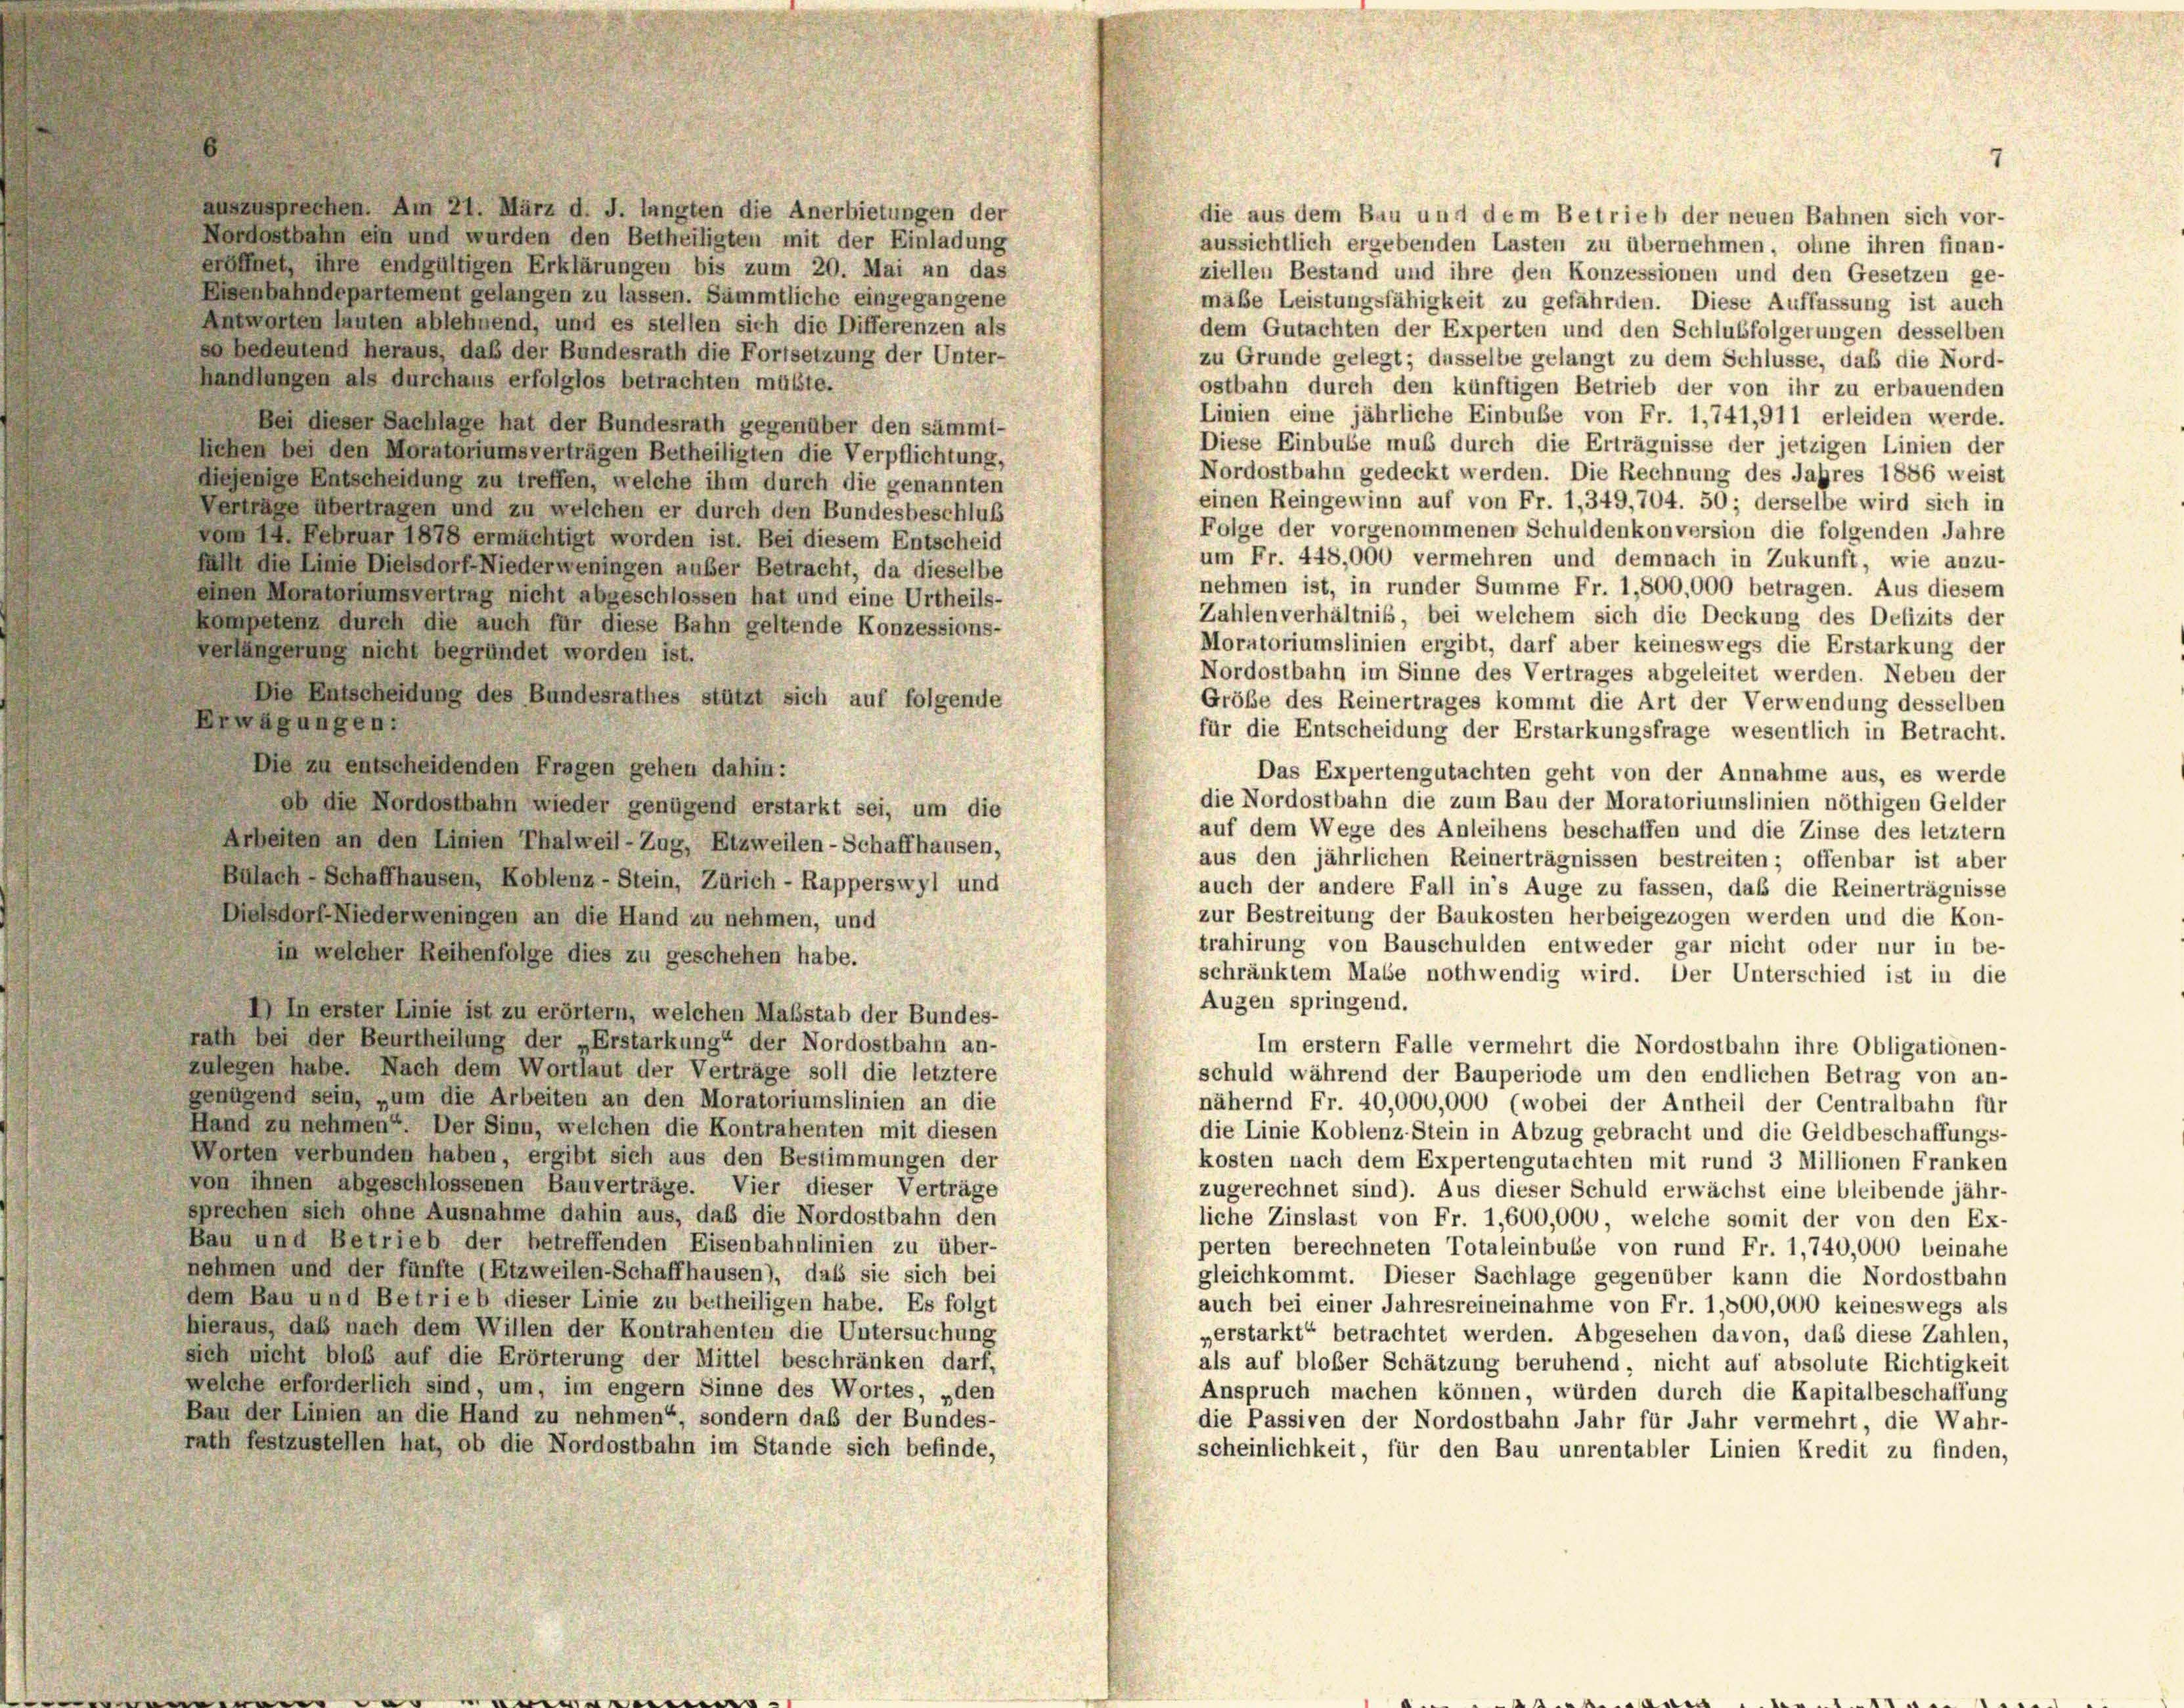
die aus dem Bau und dem Betrieb der neuen Bahnen sich vor-

auszusprechen. Am 21. März d. J. langten die Anerbietungen der
Nordostbahn ein und wurden den Betheiligten mit der Einladung
aussichtlich ergebenden Lasten zu übernehmen, ohne ihren finan-
öffnet, ihre endgültigen Erklärungen bis zum 20. Mai an das
ziellen Bestand und ihre den Konzessionen und den Gesetzen ge-
Eisenbahndepartement gelangen zu lassen. Sämmtliche eingegangene
mäße Leistungsfähigkeit zu gefährden. Diese Auffassung ist auch
Antworten lauten ablehnend, und es stellen sich die Differenzen als
dem Gutachten der Experten und den Schlußfolgerungen desselben
bedeutend heraus, daß der Bundesrath die Fortsetzung der Unter-
zu Grunde gelegt; dasselbe gelangt zu dem Schlüsse, daß die Nord-
handlungen als durchaus erfolglos betrachten müsste.
ostbahn durch den künftigen Betrieb der von ihr zu erbauenden
Linien eine jährliche Einbuße von Fr. 1,741,911 erleiden werde.
Bei dieser Sachlage hat der Bundesrath gegenüber den sämmt-
Diese Einbusse muß durch die Erträgnisse der jetzigen Linien der
liehen bei den Moratoriumsverträgen Betheiligten die Verpflichtung,
Nordostbahn gedeckt werden. Die Rechnung des Jahres 1886 weist
diejenige Entscheidung zu treffen, welche ihm durch die genannten
einen Reingewinn auf von Fr. 1, 349,704. 50; derselbe wird sich in
Verträge übertragen und zu welchen er durch den Bundesbeschluß
Folge der vorgenommenen Schuldenkonversion die folgenden Jahre
vom 14. Februar 1878 ermächtigt worden ist. Bei diesem Entscheid
um Fr. 448,000 vermehren und demnach in Zukunft, wie anzu-
hell die Linie Dielsdorf Niederweningen außer Betracht, da dieselbe
nehmen ist, in runder Summe Fr. 1,800,000 betragen. Aus diesem
einen Moratoriumsvertrag nicht abgeschlossen hat und eine Urtheils-
Zahlenverhältnis, bei welchem sich die Deckung des Defizits der
kompetenz durch die auch für diese Bahn geltende Konzessions-
Moratoriumslinien ergibt, darf aber keineswegs die Erstarkung der
verlängerung nicht begründet worden ist.
Nordostbahn im Sinne des Vertrages abgeleitet werden. Neben der
Die Entscheidung des Bundesrathes stützt sich auf folgende
Größe des Reinertrages kommt die Art der Verwendung desselben
Erwägungen:
für die Entscheidung der Erstarkungsfrage wesentlich in Betracht.
Die zu entscheidenden Fragen gehen dahin:
Das Expertengutachten geht von der Annahme aus, es werde
die Nordostbahn die zum Bau der Moratoriumslinien nöthigen Gelder
ab die Nordostbahn wieder genügend erstarkt sei, um die
auf dem Wege des Anleihens beschaffen und die Zinse des letztem
Arbeiten an den Linien Thalweil-Zug, Etzweilen-Schaffhausen,
aus den jährlichen Reinerträgnissen bestreiten; offenbar ist über
Bulach Schaffhausen, Koblenz-Stein, Zürich - Rapperswyl und
auch der andere Fall in’s Auge zu fassen, daß die Reinerträgnisse
zur Bestreitung der Baukosten herbeigezogen werden und die Kon-
Dielsdorf-Niederweningen an die Hand zu nehmen, und
trahirung von Bauschulden entweder gar nicht oder nur in be-
in welcher Reihenfolge dies zu geschehen habe.
schränktem Maße nothwendig wird. Der Unterschied ist in die
Augen springend.
I) In erster Linie ist zu erörtern, welchen Maßstab der Bundes-
rath bei der Beurtheilung der „Erstarkung“ der Nordostbahn an-
Im erstem Falle vermehrt die Nordostbahn ihre Obligationen-
zulegen habe. Nach dem Wortlaut der Verträge soll die letztere
schuld während der Bauperiode um den endlichen Betrag von an-
genügend sein, um die Arbeiten an den Moratoriumslinien an die
nähernd Fr. 40,000,000 (wobei der Antheil der Centralbahn für
Hand zu nehmen. Der Sinn, welchen die Kontrahenten mit diesen
die Linie Koblenz-Stein in Abzug gebracht und die Geldbeschaffungs-
Worten verbunden haben, ergibt sich aus den Bestimmungen der
kosten nach dem Expertengutachten mit rund 3 Millionen Franken
von ihnen abgeschlossenen Bauverträge. Vier dieser Verträge
zugerechnet sind). Aus dieser Schuld erwächst eine bleibende jähr-
sprechen sich ohne Ausnahme dahin aus, daß die Nordostbahn den
liche Zinslast von Fr. 1,600,000, welche somit der von den Ex-
Bau und Betrieb der betreffenden Eisenbahnlinien zu über-
perten berechneten Totaleinbuße von rund Fr. 1,740,000 beinahe
nehmen und der fünfte (Etzweilen-Schaffhausen), dass sie sich bei
gleichkommt. Dieser Sachlage gegenüber kann die Nordostbahn
dem Bau und Betrieb dieser Linie zu betheiligen habe. Es folgt
auch bei einer Jahresreineinahme von Fr. 1,800,000 keineswegs als
hieraus, daß nach dem Willen der Kontrahenten die Untersuchung
verstarkt“ betrachtet werden. Abgesehen davon, daß diese Zahlen,
sich nicht bloß auf die Erörterung der Mittel beschränken darf,
als auf bloßer Schätzung beruhend, nicht auf absolute Richtigkeit
welche erforderlich sind, um, im engem Sinne des Wortes, „den
Anspruch machen können, würden durch die Kapitalbeschaffung
Bau der Linien an die Hand zu nehmen“, sondern daß der Bundes-
die Passiven der Nordostbahn Jahr für Jahr vermehrt, die Wahr-
rath festzustellen hat, ob die Nordostbahn im Stande sich befinde,
scheinlichkeit, für den Bau unrentabler Linien Kredit zu finden,